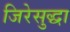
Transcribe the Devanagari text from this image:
जिरेसुद्धा